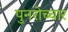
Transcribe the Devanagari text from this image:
पुनरोच्चार